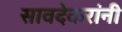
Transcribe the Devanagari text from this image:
सावदेकरांनी